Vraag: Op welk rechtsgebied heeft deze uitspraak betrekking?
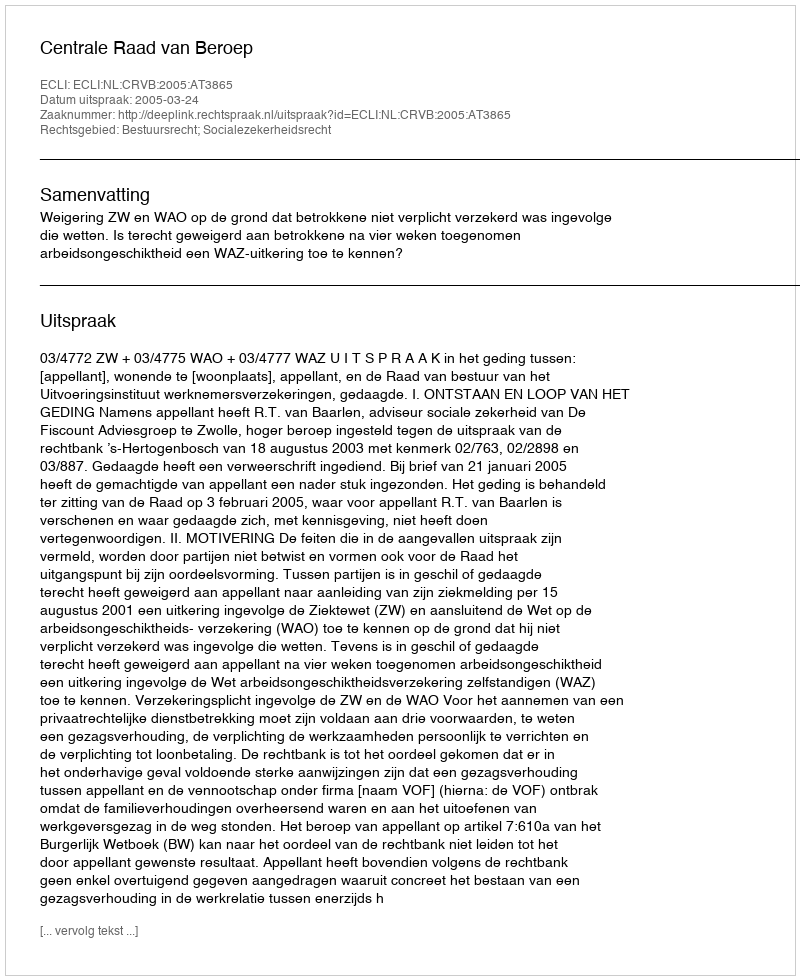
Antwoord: Bestuursrecht; Socialezekerheidsrecht